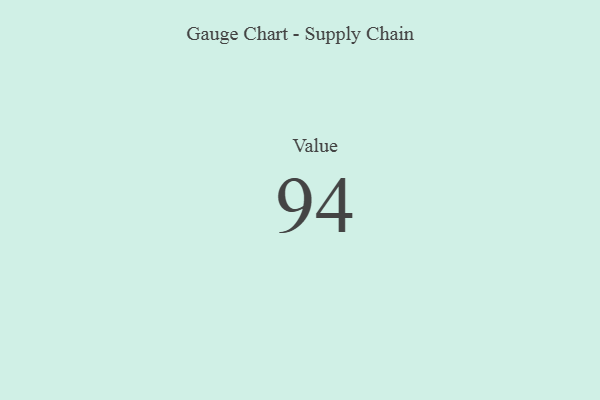
{"axis": {"x": "Metric", "y": "Value"}, "legend": [""], "data": [{"x": "Value", "y": 94, "type": ""}]}